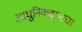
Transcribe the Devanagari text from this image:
आधुनिकदृष्ट्या